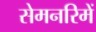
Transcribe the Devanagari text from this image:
सेमनरिमें